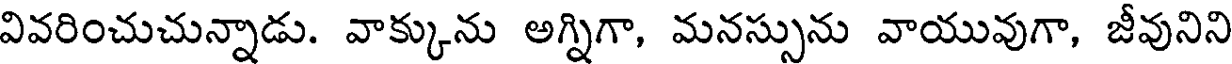
వివరించుచున్నాడు. వాక్కును అగ్నిగా, మనస్సును వాయువుగా, జీవునిని